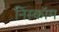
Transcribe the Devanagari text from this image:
निस्कॉम